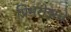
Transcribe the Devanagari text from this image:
प्रिमरोझचे